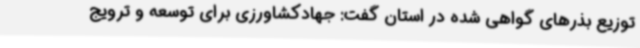
توزیع بذرهای گواهی شده در استان گفت: جهادکشاورزی برای توسعه و ترویج